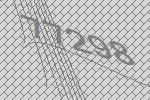
77298